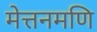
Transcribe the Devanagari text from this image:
मेत्तनमणि